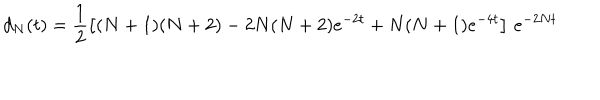
d _ { N } ( t ) = \frac { 1 } { 2 } \left[ ( N + 1 ) ( N + 2 ) - 2 N ( N + 2 ) e ^ { - 2 t } + N ( N + 1 ) e ^ { - 4 t } \right] \, e ^ { - 2 N t }